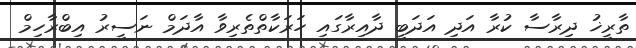
ތާރީޚު ދިރާސާ ކުރާ އަދި އަދަބީ ދާއިރާގައި ހަރަކާތްތެރިވާ އާދަމް ނަސީރު އިބްރާހިމް